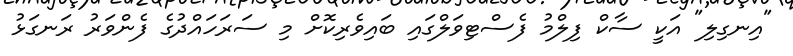
"އިނގިލި" އަކީ ސާކް ފިލްމު ފެސްޓިވަލްގައި ބައިވެރިކޮށް މި ސަރަހައްދުގެ ފެންވަރު ރަނގަޅު